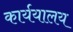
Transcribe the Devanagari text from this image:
कार्ययालय